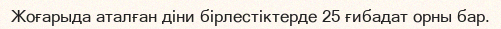
Жоғарыда аталған діни бірлестіктерде 25 ғибадат орны бар.